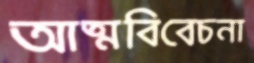
আত্মবিবেচনা